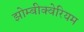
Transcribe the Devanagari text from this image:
झोम्बीक्वेरियम